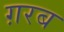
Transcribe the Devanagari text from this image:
ग़रब